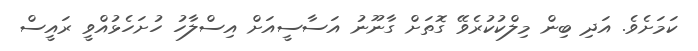
ކަމަށެވެ. އަދި ބިން މިލްކުކުރެވޭ ގޮތަށް ގާނޫނު އަސާސީއަށް އިސްލާހު ހުށަހެޅުއްވީ ރައީސް